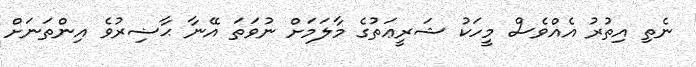
ނެތި އިތުރު އެއްވެސް މީހަކު ޝަރީޢަތުގެ މާލަމަށް ނުވަތަ އޭނާ ޙާޟިރުވެ އިންތަނަށް